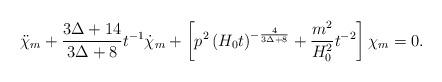
LaTeX: \begin{align*}\ddot{\chi}_{m} + \frac{3 \Delta+14}{3 \Delta+8} t^{-1} \dot{\chi}_{m}+ \left[ p^{2} \left( H_{0} t \right)^{- \frac{4}{3 \Delta+8}} + \frac{m^{2}}{H_{0}^{2}} t^{-2} \right] \chi_{m} = 0.\end{align*}